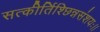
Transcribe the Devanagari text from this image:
सत्कीर्तिश्छिन्नसंशयः।।